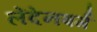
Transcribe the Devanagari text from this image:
लेंदेनबर्ग